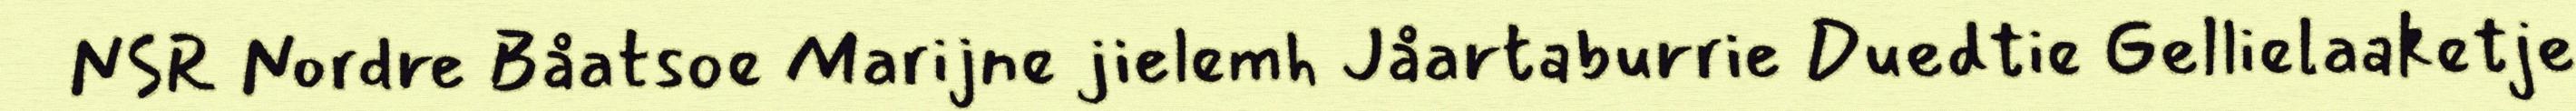
NSR Nordre Båatsoe Marijne jielemh Jåartaburrie Duedtie Gellielaaketje